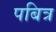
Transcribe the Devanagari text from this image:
पबित्र